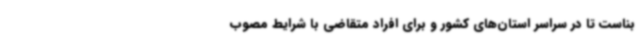
بناست تا در سراسر استان‌های کشور و برای افراد متقاضی با شرایط مصوب